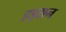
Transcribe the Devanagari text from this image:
हड्सन